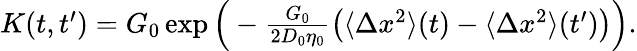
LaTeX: \begin{array}{r}{K(t,t^{\prime})=G_{0}\exp\Big(-\frac{G_{0}}{2D_{0}\eta_{0}}\big(\langle\Delta x^{2}\rangle(t)-\langle\Delta x^{2}\rangle(t^{\prime})\big)\Big).}\end{array}